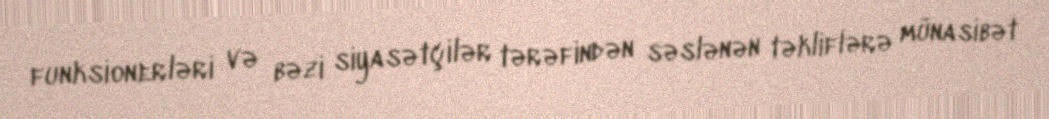
funksionerləri və bəzi siyasətçilər tərəfindən səslənən təkliflərə münasibət